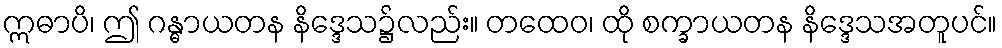
ဣဓာပိ၊ ဤ ဂန္ဓာယတန နိဒ္ဒေသ၌လည်း။ တထေဝ၊ ထို စက္ခာယတန နိဒ္ဒေသအတူပင်။